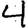
Digit: 4